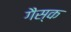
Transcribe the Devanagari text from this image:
गैस्क